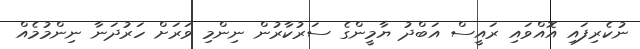
ނުކެރިފައި އޮއްވައި ރައީސް އަބްދު ޔާމީންގެ ސަރުކާރުން ނިންމި ވަރަށް ހަރުދަނާ ނިންމުމެއް